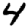
Digit: 4